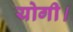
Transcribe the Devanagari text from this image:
योगी।